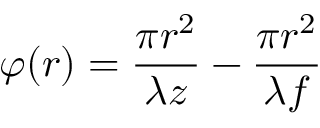
\varphi ( r ) = \frac { \pi r ^ { 2 } } { \lambda z } - \frac { \pi r ^ { 2 } } { \lambda f }